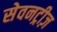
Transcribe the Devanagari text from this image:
सेवनट्रीज़